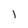
Character: l